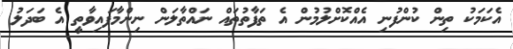
އެކަމަކު ތިން ކުންފުނި އެއްކޮށްލުމުން އެ ތަފާތުތައް ނައްތާލަން ނިންމާފައިވާތީ އެ ބަދަލު